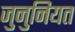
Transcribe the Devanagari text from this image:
जुनुनियत